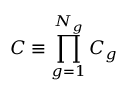
C \equiv \prod _ { g = 1 } ^ { N _ { g } } C _ { g }